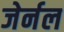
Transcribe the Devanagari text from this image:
जेर्नल